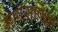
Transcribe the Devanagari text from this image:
कापसापेक्षा